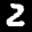
Label: 2